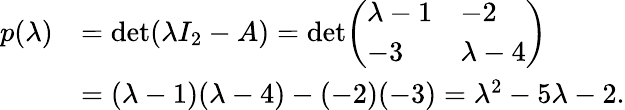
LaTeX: {\begin{array}{rl}{p(\lambda)}&{=\operatorname*{det}(\lambda I_{2}-A)=\operatorname*{det}\! {\left(\begin{array}{ll}{\lambda-1}&{-2}\\ {-3}&{\lambda-4}\end{array}\right)}}\\ &{=(\lambda-1)(\lambda-4)-(-2)(-3)=\lambda^{2}-5\lambda-2.}\end{array}}